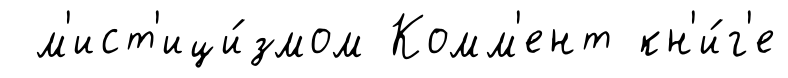
м'ист'ици́змом Комм'ент кн'и́г'е